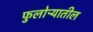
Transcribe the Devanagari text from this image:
फुलोऱ्यातील